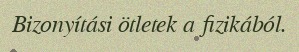
Bizonyítási ötletek a fizikából.